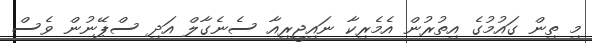
މި ތިން ގައުމުގެ އިތުރުން އެމެރިކާ ނައިޖީރިއާ ސެނެގާލް އަދި ސްޕޭނުން ވެސް